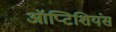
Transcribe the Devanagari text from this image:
ऑप्टिशियंस